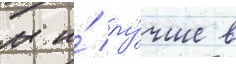
м и́ лу́чше в